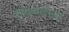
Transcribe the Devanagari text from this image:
शांताबाईंच्या